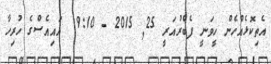
އެތިކޮޅެއްހެން ހީވަނީ ފެބްރުއަރީ 25